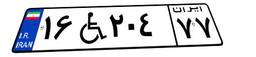
۲۲W۶۲۹۴۰